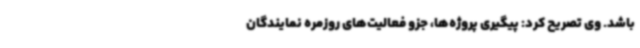
باشد. وی تصریح کرد: پیگیری پروژه‌ها، جزو فعالیت‌های روزمره نمایندگان